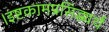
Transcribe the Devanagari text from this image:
।इष्टकामप्रसिद्ध्यर्थं